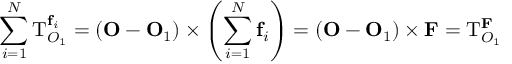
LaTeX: \sum _ { i = 1 } ^ { N } \mathbf { \mathrm { T } } _ { O _ { 1 } } ^ { \mathbf { f } _ { i } } = ( \mathbf { O } - \mathbf { O } _ { 1 } ) \times \left( \sum _ { i = 1 } ^ { N } \mathbf { f } _ { i } \right) = ( \mathbf { O } - \mathbf { O } _ { 1 } ) \times \mathbf { F } = \mathbf { \mathrm { T } } _ { O _ { 1 } } ^ { \mathbf { F } }